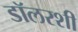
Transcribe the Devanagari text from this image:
डॉलरशी